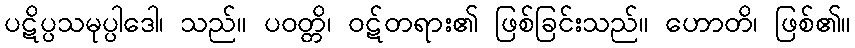
ပဋိပ္ပသမုပ္ပါဒေါ၊ သည်။ ပဝတ္တိ၊ ဝဋ်တရား၏ ဖြစ်ခြင်းသည်။ ဟောတိ၊ ဖြစ်၏။